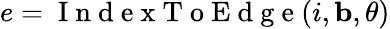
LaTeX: e=\mathrm{~I~n~d~e~x~T~o~E~d~g~e~}(i,{\mathbf b},\theta)